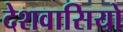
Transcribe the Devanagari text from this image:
देशवासियो